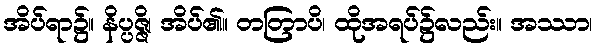
အိပ်ရာ၌။ နိပ္ပဇ္ဇိ၊ အိပ်၏။ တတြာပိ၊ ထိုအရပ်၌လည်း။ အဿာ၊